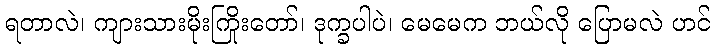
ရတာလဲ၊ ကျားသားမိုးကြိုးတော်၊ ဒုက္ခပါပဲ၊ မေမေက ဘယ်လို ပြောမလဲ ဟင်